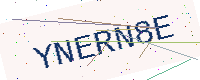
Text: YNERN8E